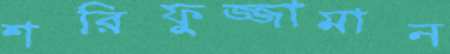
শরিফুজ্জামান